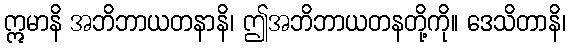
ဣမာနိ အဘိဘာယတနာနိ၊ ဤအဘိဘာယတနတို့ကို။ ဒေသိတာနိ၊